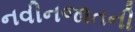
નવીનજાતની